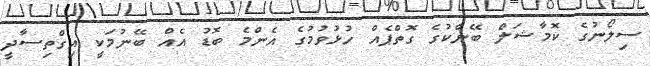
ސިލޯނުގެ ކޮމާޝަލް ބޭންކުގެ ގޮތްޕެއް ހުޅުވުމުގެ އެންމެ ބޮޑު އެއް ބޭނުމަކީ އިގްތިސާދީ